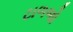
ટાળજો